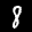
Label: 8